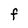
Character: F